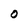
Character: 0